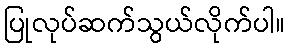
ပြုလုပ်ဆက်သွယ်လိုက်ပါ။